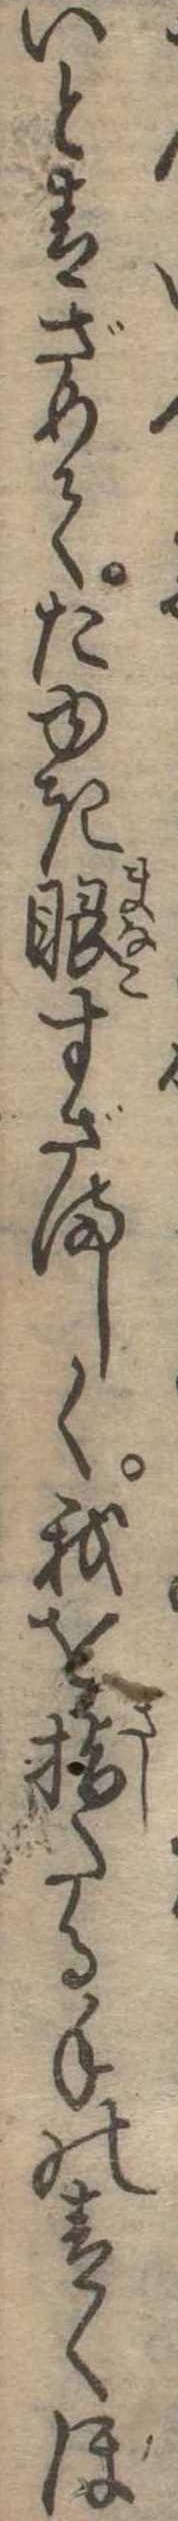
いと青ざめてたゆき眼すざましく我を指たる手の青くほ